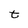
Character: t